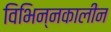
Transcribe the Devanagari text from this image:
विभिन्नकालीन